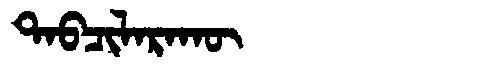
Manchu: ᡨᠠᠪᠴᡳᠯᠠᡵᠠᡴᡡ
Romanization: TABCILARAKŪ